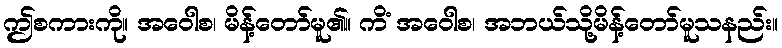
ဤစကားကို။ အဝေါစ၊ မိန့်တော်မူ၏။ ကိံ အဝေါစ၊ အဘယ်သို့မိန့်တော်မူသနည်း။